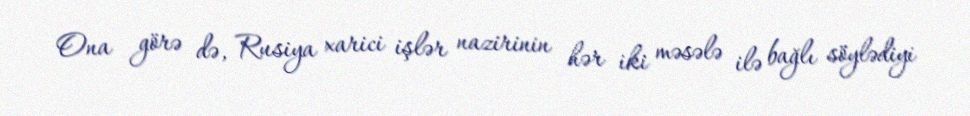
Ona görə də, Rusiya xarici işlər nazirinin hər iki məsələ ilə bağlı söylədiyi